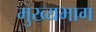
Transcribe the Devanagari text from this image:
मुख्यभाग